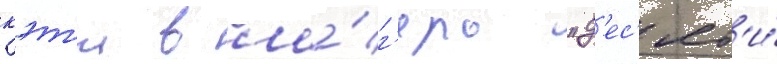
кэт'и в ла́г'ерь "д'ес'ят'и́